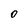
Character: 0